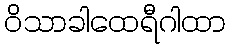
ဝိသာခါထေရီဂါထာ